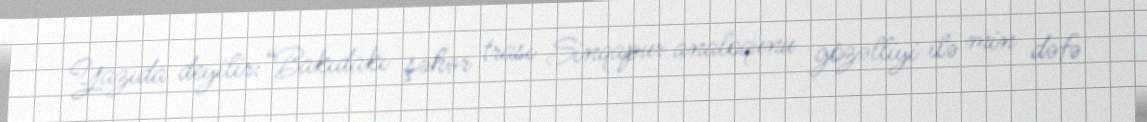
Yazıda deyilir:“Bakıdakı şəhər trası Sinqapur analoqunu gözəlliyi ilə min dəfə